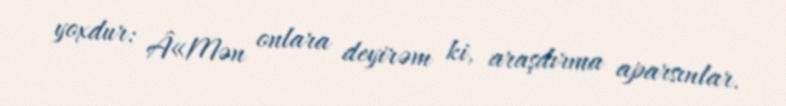
yoxdur: Â«Mən onlara deyirəm ki, araşdırma aparsınlar.